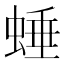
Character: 𧌯